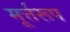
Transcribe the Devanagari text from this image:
मूर्त्तरूप